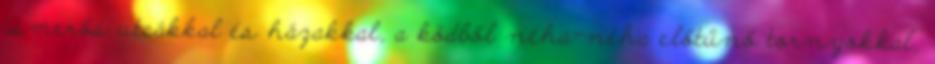
ismerős utcákkal és házakkal, a ködből néha-néha előtűnő tornyokkal,